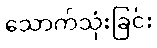
သောက်သုံးခြင်း